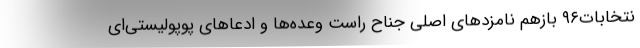
نتخابات۹۶ بازهم نامزدهای اصلی جناح راست وعده‌ها و ادعاهای پوپولیستی‌ای